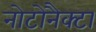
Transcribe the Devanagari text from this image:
नोटोनैक्टा